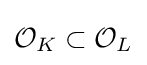
{\mathcal {O}}_{K}\subset {\mathcal {O}}_{L}